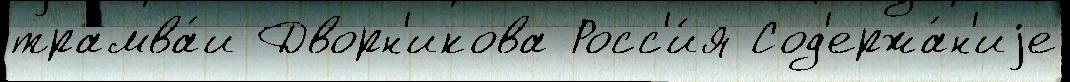
трамва́и Дворн'икова Росс'и́я Сод'ержа́н'иjе